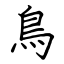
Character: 鳥